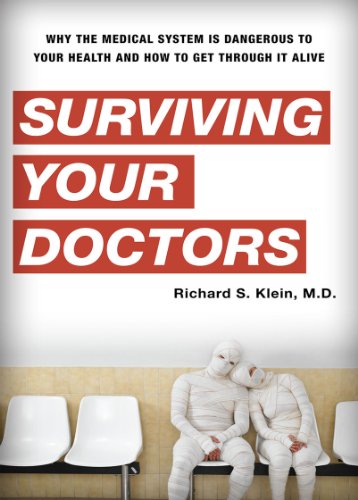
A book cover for Surviving Your Doctors: Why the Medical System is Dangerous to Your Health and How to Get Through it Alive; Richard S. Klein; Law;